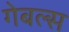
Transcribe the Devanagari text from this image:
गेबल्स